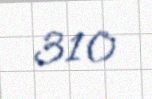
310